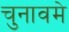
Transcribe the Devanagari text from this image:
चुनावमे